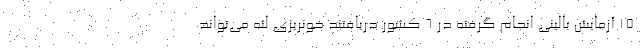
۱۵ آزمایش بالینی انجام گرفته در ۶ کشور دریافتند خونریزی لثه می‌تواند